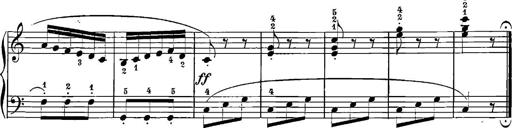
Title: 12 Sonatinas
Composer: Ignaz Pleyel